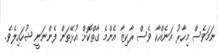
ނަމަވެސް މިހާރު އަނެއްކާ ވެސް ރާކިޒާ އެންމެ ގާތްކޮށް އުޅޭތަން ފެންނަނީ ޝުހައިލެވެ.